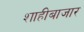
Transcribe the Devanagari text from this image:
शाहीबाजार